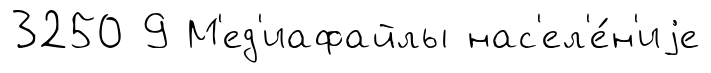
3250 9 М'ед'иафайлы нас'ел'е́н'иjе